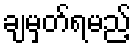
ချမှတ်ရမည့်